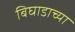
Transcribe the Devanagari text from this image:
बिघाडाच्या